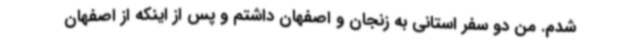
شدم. من دو سفر استانی به زنجان و اصفهان داشتم و پس از اینکه از اصفهان